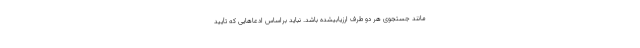
مانند جستجوی هر دو طرف ارزیابیشده باشد. نباید براساس ادعاهایی که تأیید